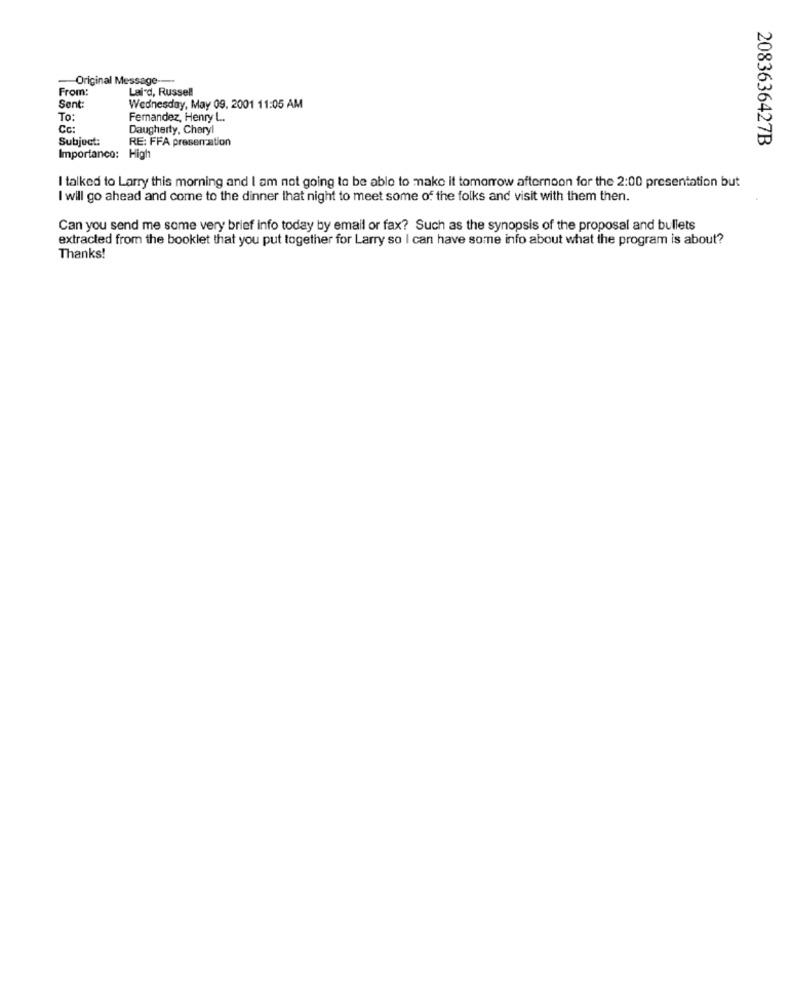
-Original Message ---
From:
Lai'd, Russell
Sent:
Wednesday, May 09, 2001 11:05 AM
To:
Fernandez, Henry L ..
Cc:
Daugherty, Cheryl
Subject:
RE: FFA presemation
2083636427B
Importance: High
I talked to Larry this morning and I am not going to be able to make it tomorrow afternoon for the 2:00 presentation but
I will go ahead and come to the dinner that night to meet some of the folks and visit with them then.
Can you send me some very brief info today by email or fax? Such as the synopsis of the proposal and bullets
extracted from the booklet that you put together for Larry so I can have some info about what the program is about?
Thanks!